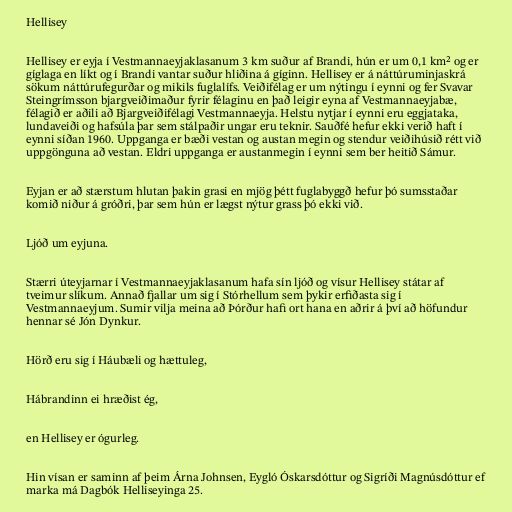
Hellisey

Hellisey er eyja í Vestmannaeyjaklasanum 3 km suður af Brandi, hún er um 0,1 km² og er
gíglaga en líkt og í Brandi vantar suður hliðina á gíginn. Hellisey er á náttúruminjaskrá
sökum náttúrufegurðar og mikils fuglalífs. Veiðifélag er um nýtingu í eynni og fer Svavar
Steingrímsson bjargveiðimaður fyrir félaginu en það leigir eyna af Vestmannaeyjabæ,
félagið er aðili að Bjargveiðifélagi Vestmannaeyja. Helstu nytjar í eynni eru eggjataka,
lundaveiði og hafsúla þar sem stálpaðir ungar eru teknir. Sauðfé hefur ekki verið haft í
eynni síðan 1960. Uppganga er bæði vestan og austan megin og stendur veiðihúsið rétt við
uppgönguna að vestan. Eldri uppganga er austanmegin í eynni sem ber heitið Sámur.

Eyjan er að stærstum hlutan þakin grasi en mjög þétt fuglabyggð hefur þó sumsstaðar
komið niður á gróðri, þar sem hún er lægst nýtur grass þó ekki við.

Ljóð um eyjuna.

Stærri úteyjarnar í Vestmannaeyjaklasanum hafa sín ljóð og vísur Hellisey státar af
tveimur slíkum. Annað fjallar um sig í Stórhellum sem þykir erfiðasta sig í
Vestmannaeyjum. Sumir vilja meina að Þórður hafi ort hana en aðrir á því að höfundur
hennar sé Jón Dynkur.

Hörð eru sig í Háubæli og hættuleg,

Hábrandinn ei hræðist ég,

en Hellisey er ógurleg.

Hin vísan er saminn af þeim Árna Johnsen, Eygló Óskarsdóttur og Sigríði Magnúsdóttur ef
marka má Dagbók Helliseyinga 25.